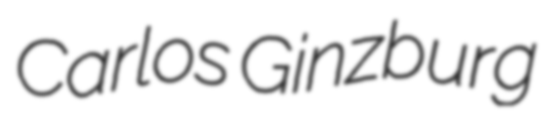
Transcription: Carlos Ginzburg